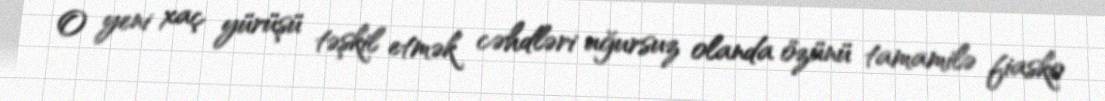
O yeni xaç yürüşü təşkil etmək cəhdləri uğursuz olanda özünü tamamilə fiasko